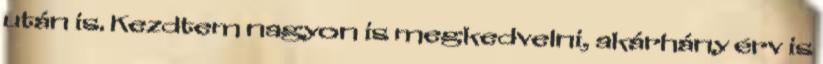
után is. Kezdtem nagyon is megkedvelni, akárhány érv is